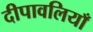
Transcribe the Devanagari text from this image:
दीपावलियाँ